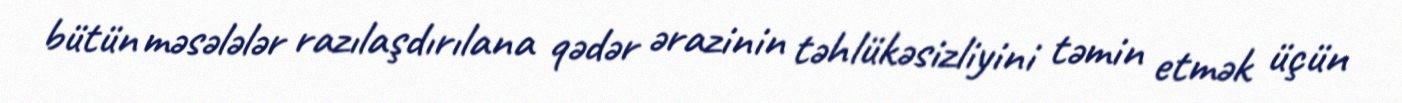
bütün məsələlər razılaşdırılana qədər ərazinin təhlükəsizliyini təmin etmək üçün